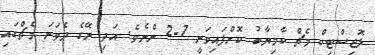
ލޮޖިސްޓިކް މެޗް ކާމިޔާބު ކޮށްފައިވަނީ 7-2 ންނެވެ. އަދި ރޭގެ ދެވަނަ މެޗްގައި